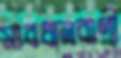
সাবধানবাণী